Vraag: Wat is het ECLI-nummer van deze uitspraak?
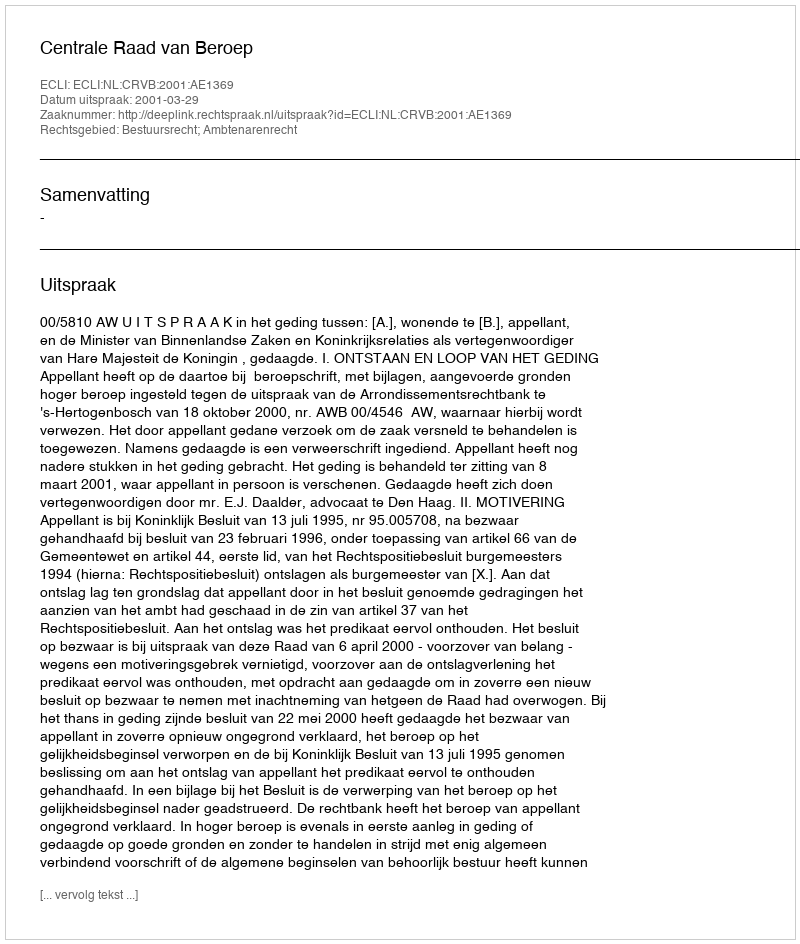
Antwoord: ECLI:NL:CRVB:2001:AE1369